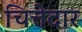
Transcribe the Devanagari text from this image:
चित्तेदार